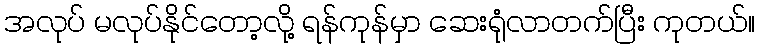
အလုပ် မလုပ်နိုင်တော့လို့ ရန်ကုန်မှာ ဆေးရုံလာတက်ပြီး ကုတယ်။